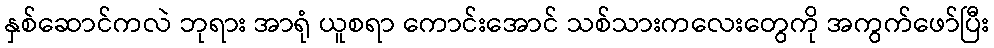
နှစ်ဆောင်ကလဲ ဘုရား အာရုံ ယူစရာ ကောင်းအောင် သစ်သားကလေးတွေကို အကွက်ဖော်ပြီး